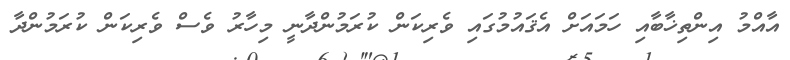
އާއްމު އިންތިޚާބާއި ހަމައަށް އެޤައުމުގައި ވެރިކަން ކުރަމުންދާނީ މިހާރު ވެސް ވެރިކަން ކުރަމުންދާ